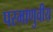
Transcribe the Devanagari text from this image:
परमाणुवीय